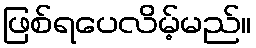
ဖြစ်ရပေလိမ့်မည်။